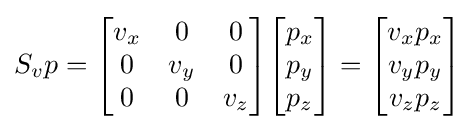
S_{v}p={\begin{bmatrix}v_{x}&0&0\\0&v_{y}&0\\0&0&v_{z}\\\end{bmatrix}}{\begin{bmatrix}p_{x}\\p_{y}\\p_{z}\end{bmatrix}}={\begin{bmatrix}v_{x}p_{x}\\v_{y}p_{y}\\v_{z}p_{z}\end{bmatrix}}